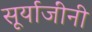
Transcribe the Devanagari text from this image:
सूर्याजींनी